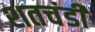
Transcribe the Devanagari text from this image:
शतचंडी